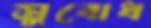
সুবোধ